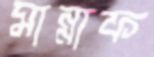
মান্নাফ